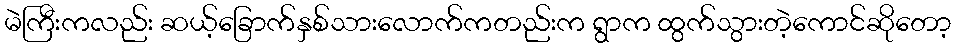
မဲကြီးကလည်း ဆယ့်ခြောက်နှစ်သားလောက်ကတည်းက ရွာက ထွက်သွားတဲ့ကောင်ဆိုတော့